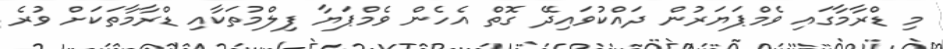
މި ޑްރާމާގައި ވެމްޕަޔަރުން ދައްކުވައިދޭ ގޮތް އެހެން ވެމްޕަޔާ ފިލްމުތަކާއި ޑްރާމާތަކަށް ވުރެ